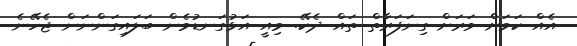
އެއް ކަމަށް ވަރަށް ގިނަފަރާތް ތައް ދެކޭ. މިއީ އަޅުގަނޑުމެން ބަލައިގަންނަން ޖެހޭނެ